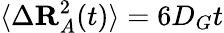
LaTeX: \langle\Delta\mathbf{R}_{A}^{2}(t)\rangle=6D_{G}t